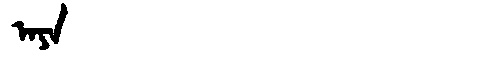
Manchu: ᠠᠶᠠ
Romanization: AYA